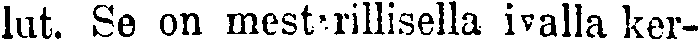
lut. Se on mestarillisella ivalla ker-